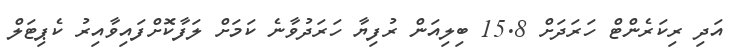
އަދި ރިކަރެންޓް ހަރަދަށް 15.8 ބިލިއަން ރުފިޔާ ހަރަދުވާނެ ކަމަށް ލަފާކޮށްފައިވާއިރު ކެޕިޓަލް